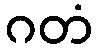
ဂတံ